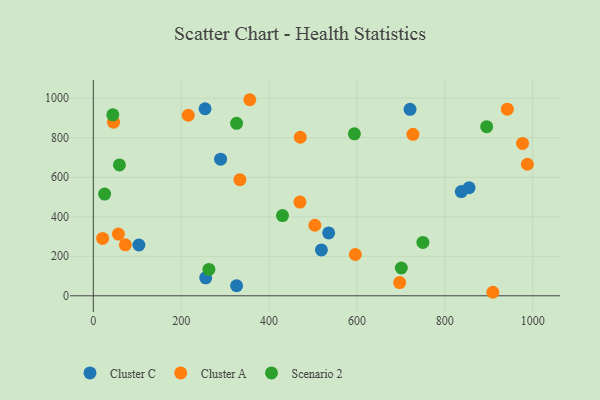
{"axis": {"x": "Engine Size", "y": "Exam Score"}, "legend": ["Cluster A", "Cluster C", "Scenario 2"], "data": [{"x": "519.2", "y": 232.3, "type": "Cluster C"}, {"x": "326.1", "y": 50.9, "type": "Cluster C"}, {"x": "289.7", "y": 691.9, "type": "Cluster C"}, {"x": "837.6", "y": 527.8, "type": "Cluster C"}, {"x": "535.7", "y": 318.3, "type": "Cluster C"}, {"x": "720.9", "y": 944.3, "type": "Cluster C"}, {"x": "254.4", "y": 946.9, "type": "Cluster C"}, {"x": "855.3", "y": 547.0, "type": "Cluster C"}, {"x": "103.8", "y": 257.2, "type": "Cluster C"}, {"x": "255.8", "y": 90.8, "type": "Cluster C"}, {"x": "596.4", "y": 209.0, "type": "Cluster A"}, {"x": "727.5", "y": 817.3, "type": "Cluster A"}, {"x": "57.1", "y": 312.6, "type": "Cluster A"}, {"x": "988.0", "y": 665.9, "type": "Cluster A"}, {"x": "909.4", "y": 17.8, "type": "Cluster A"}, {"x": "356.2", "y": 992.7, "type": "Cluster A"}, {"x": "697.3", "y": 66.9, "type": "Cluster A"}, {"x": "72.9", "y": 258.1, "type": "Cluster A"}, {"x": "21.2", "y": 290.3, "type": "Cluster A"}, {"x": "216.1", "y": 914.0, "type": "Cluster A"}, {"x": "942.4", "y": 944.9, "type": "Cluster A"}, {"x": "470.3", "y": 474.3, "type": "Cluster A"}, {"x": "46.0", "y": 879.0, "type": "Cluster A"}, {"x": "333.7", "y": 588.1, "type": "Cluster A"}, {"x": "977.0", "y": 771.2, "type": "Cluster A"}, {"x": "471.1", "y": 802.8, "type": "Cluster A"}, {"x": "504.3", "y": 357.1, "type": "Cluster A"}, {"x": "263.1", "y": 133.7, "type": "Scenario 2"}, {"x": "594.3", "y": 820.3, "type": "Scenario 2"}, {"x": "701.1", "y": 140.6, "type": "Scenario 2"}, {"x": "44.4", "y": 916.0, "type": "Scenario 2"}, {"x": "430.6", "y": 405.9, "type": "Scenario 2"}, {"x": "326.1", "y": 873.3, "type": "Scenario 2"}, {"x": "25.8", "y": 515.0, "type": "Scenario 2"}, {"x": "895.3", "y": 856.4, "type": "Scenario 2"}, {"x": "750.2", "y": 270.2, "type": "Scenario 2"}, {"x": "59.5", "y": 662.6, "type": "Scenario 2"}]}